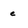
Character: e